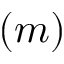
( m )